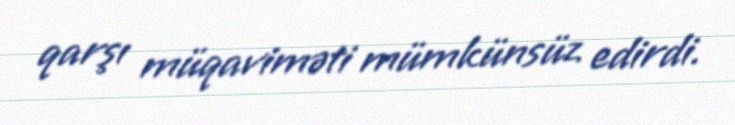
qarşı müqaviməti mümkünsüz edirdi.